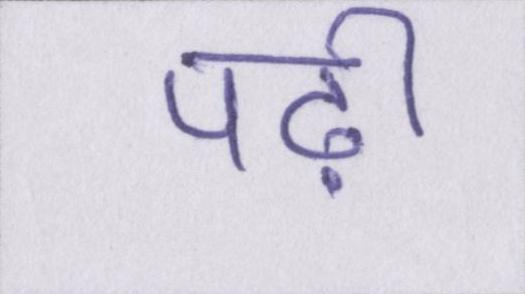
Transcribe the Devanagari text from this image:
पढ़ी